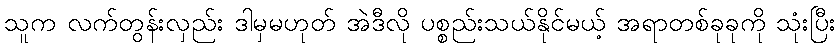
သူက လက်တွန်းလှည်း ဒါမှမဟုတ် အဲဒီလို ပစ္စည်းသယ်နိုင်မယ့် အရာတစ်ခုခုကို သုံးပြီး